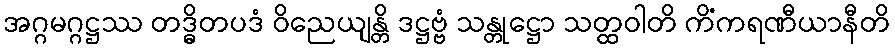
အဂ္ဂမဂ္ဂဋ္ဌဿ တဒ္ဓိတပဒံ ဝိညေယျန္တိ ဒဋ္ဌဗ္ဗံ သန္တုဋ္ဌော သတ္ထဝါတိ ကိံကရဏီယာနီတိ